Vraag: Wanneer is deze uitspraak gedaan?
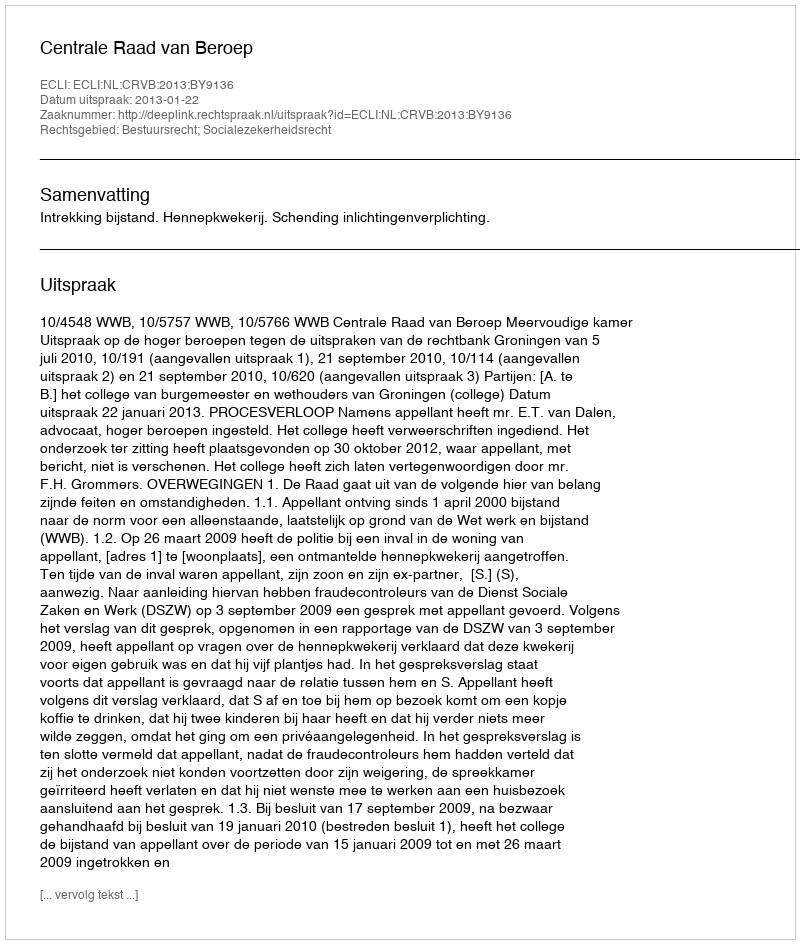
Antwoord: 2013-01-22